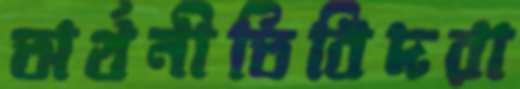
অর্থনীতিবিদরা